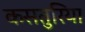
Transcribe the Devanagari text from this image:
कसतुरिया